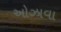
ઓઝાવા